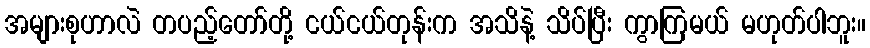
အများစုဟာလဲ တပည့်တော်တို့ ငယ်ငယ်တုန်းက အသိနဲ့ သိပ်ပြီး ကွာကြမယ် မဟုတ်ပါဘူး။